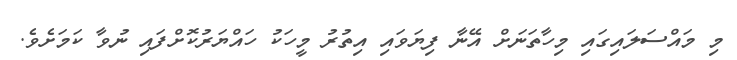
މި މައްސަލައިގައި މިހާތަނަށް އޭނާ ފިޔަވައި އިތުރު މީހަކު ހައްޔަރުކޮށްފައި ނުވާ ކަމަށެވެ.